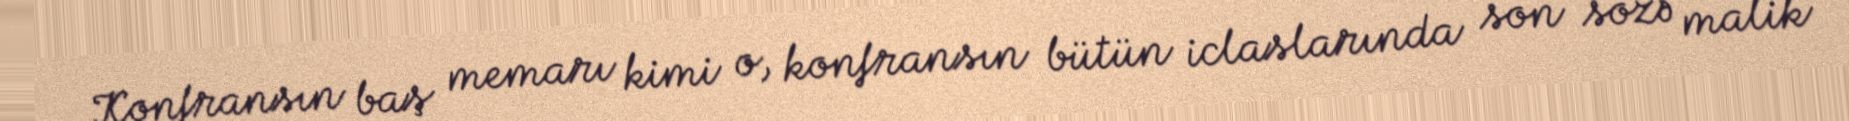
Konfransın baş memarı kimi o, konfransın bütün iclaslarında son sözə malik